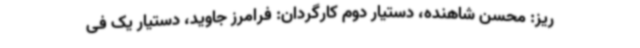
ریز: محسن شاهنده، دستیار دوم کارگردان: فرامرز جاوید، دستیار یک فی